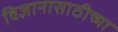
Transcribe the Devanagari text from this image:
विज्ञानासाठीच्या